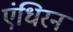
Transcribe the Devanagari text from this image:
एंधिरन